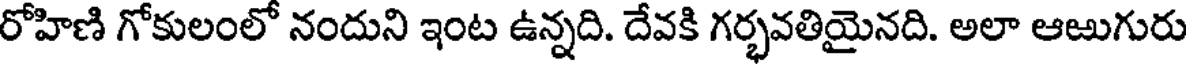
రోహిణి గోకులంలో నందుని ఇంట ఉన్నది. దేవకి గర్భవతియైనది. అలా ఆఱుగురు